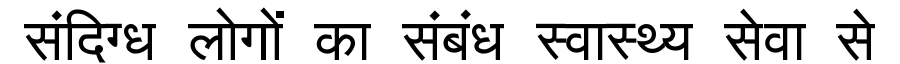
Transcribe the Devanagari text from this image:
संदिग्ध लोगों का संबंध स्वास्थ्य सेवा से